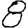
Digit: 8